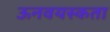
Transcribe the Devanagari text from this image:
ऊनवयस्कता